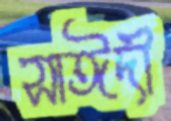
সাঈদী